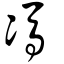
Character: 馮